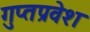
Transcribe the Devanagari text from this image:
गुप्तप्रवेश